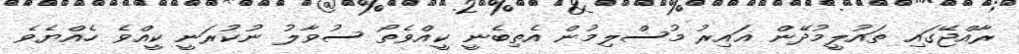
ރާއްޖޭގައި ތައުލީމުދޭން ޣައިރު މުސްލިމުން އެތިބެނީ ކީއްވެތޯ ސުވާލު ނުކުރަނީ ކީއްވެ ހެއްޔެވެ